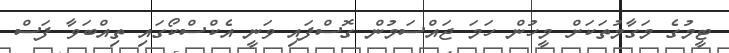
ޓީމުގެ މަގާމުތަކަށް މީހުން ހަމަ ޖައްސަމުން ގޮސްފައި ވަނީ އެކްސްކޯގައި ތިއްބަވާ ފަސް